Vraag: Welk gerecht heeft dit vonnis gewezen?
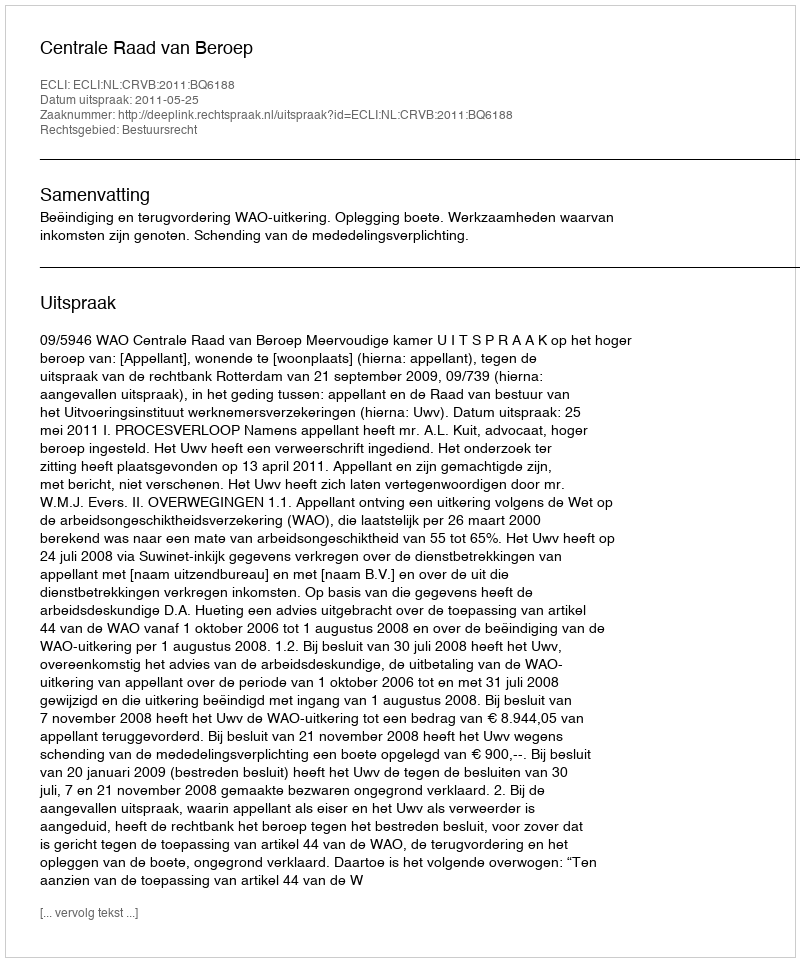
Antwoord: Centrale Raad van Beroep